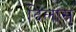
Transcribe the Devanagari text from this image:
दिलास